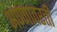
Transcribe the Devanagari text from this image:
अण्णावरती